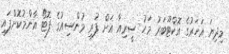
މިދިޔަ އަހަރުގެ އޮކްޓޫބަރު މަހު ސީރިއާ އަށް ފުރި މުންސިއުގެ ފޮޓޯ އާންމުކޮށްފައި